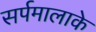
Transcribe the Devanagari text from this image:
सर्पमालाके